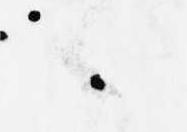
候